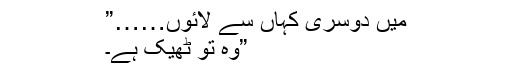
میں دوسری کہاں سے لائوں……”
”وہ تو ٹھیک ہے۔